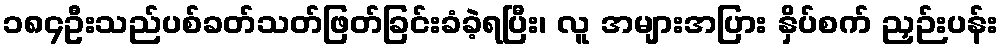
၁၈၄ဦးသည်ပစ်ခတ်သတ်ဖြတ်ခြင်းခံခဲ့ရပြီး၊ လူ အများအပြား နှိပ်စက် ညှဉ်းပန်း